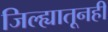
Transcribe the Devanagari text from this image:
जिल्ह्यातूनही